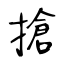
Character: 搶